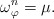
\begin{align*}\omega_\varphi^n = \mu. \end{align*}